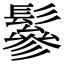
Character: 鬖